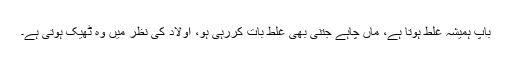
باپ ہمیشہ غلط ہوتا ہے، ماں چاہے جتنی بھی غلط بات کررہی ہو، اولاد کی نظر میں وہ ٹھیک ہوتی ہے۔